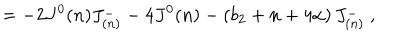
LaTeX: = - 2 J ^ { 0 } ( n ) J _ { ( n ) } ^ { - } - 4 J ^ { 0 } ( n ) - \left( b _ { 2 } + n + 4 \alpha \right) J _ { ( n ) } ^ { - } \ ,